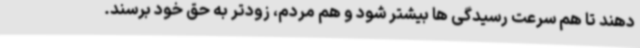
دهند تا هم سرعت رسیدگی ها بیشتر شود و هم مردم، زودتر به حق خود برسند.